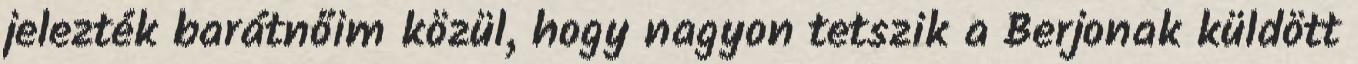
jelezték barátnőim közül, hogy nagyon tetszik a Berjonak küldött